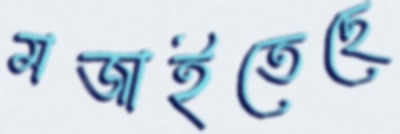
মজাইতেছে